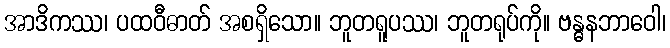
အာဒိကဿ၊ ပထဝီဓာတ် အစရှိသော။ ဘူတရူပဿ၊ ဘူတရုပ်ကို။ ဗန္ဓနဘာဝေါ၊